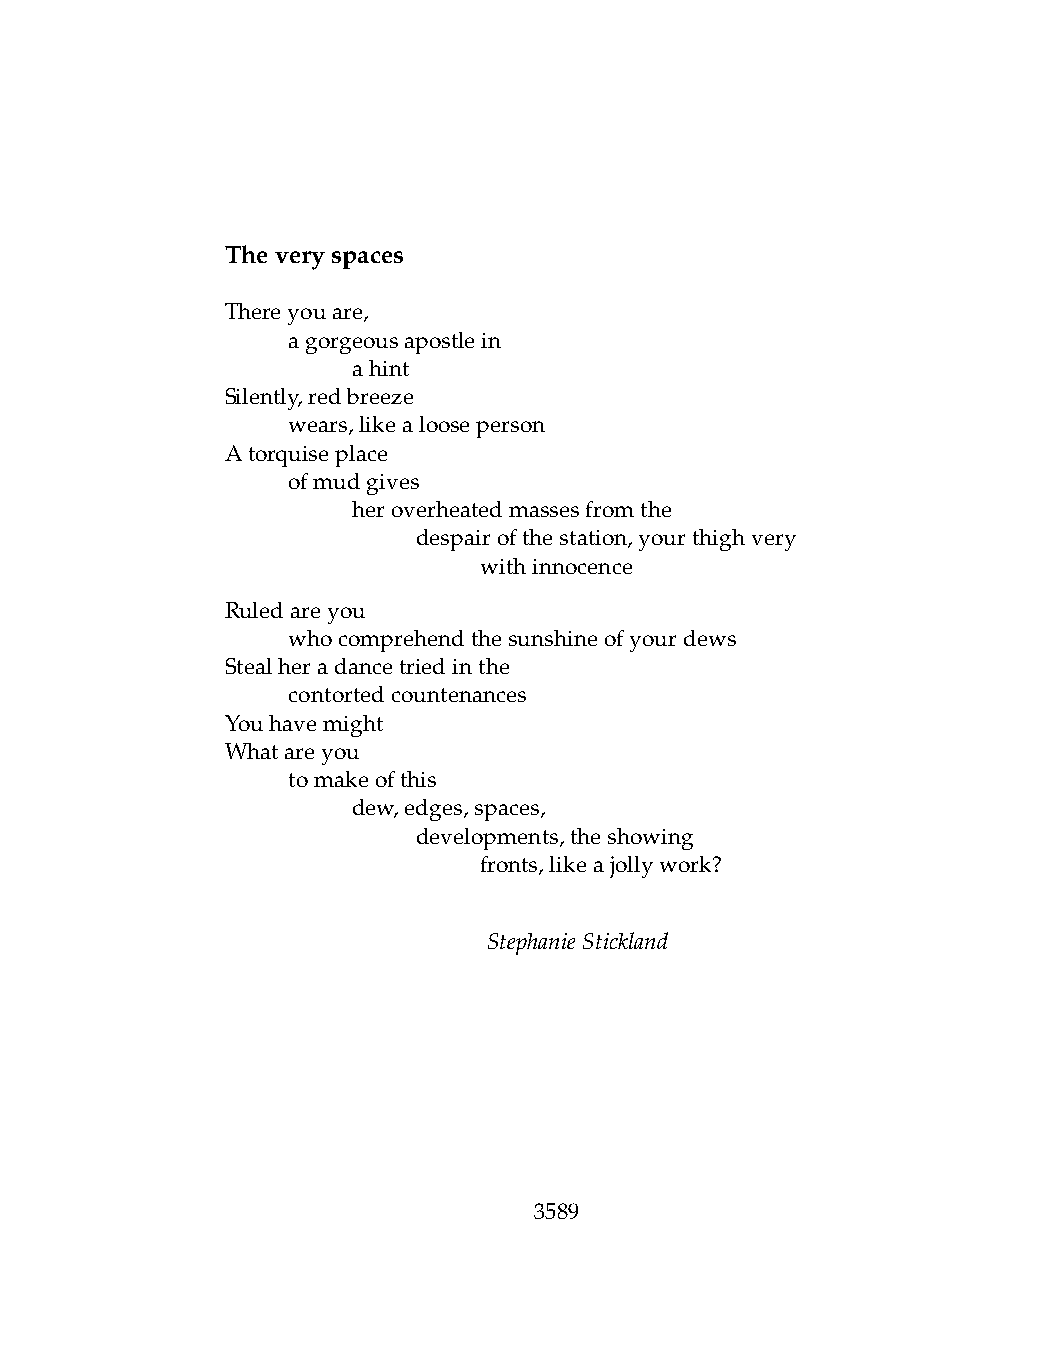
Theveryspaces
 Thereyouare,
 .   agorgeousapostlein
 .   .   ahint
 Silently,redbreeze
 .   wears,likealooseperson
 Atorquiseplace
 .   ofmudgives
 .   .   heroverheatedmassesfromthe
 .   .   .    despairofthestation,yourthighvery
 .   .   .    .   withinnocence
 Ruledareyou
 .   whocomprehendthesunshineofyourdews
 Stealheradancetriedinthe
 .   contortedcountenances
 Youhavemight
 Whatareyou
 .   tomakeofthis
 .   .   dew,edges,spaces,
 .   .   .    developments,theshowing
 .   .   .    .   fronts,likeajollywork?
 StephanieStickland
 3589